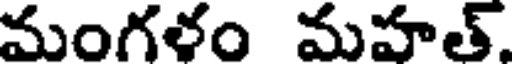
మంగళం మహత్.